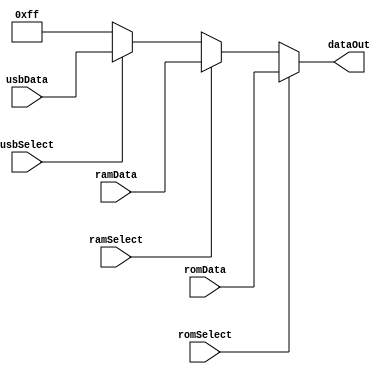
/* ------------------------------------------------------------------
 * Data bus
 *
 * Copyright (C) 2022 Damian Wildie
 * ------------------------------------------------------------------*/
module dataBus
(
  input [7:0]  romData,
  input [7:0]  ramData,
  input [7:0]  usbData,
  
  input        romSelect,     // FPGA ROM select
  input        ramSelect,     // Onboard RAM select
  input        usbSelect,     // USB ACIA
  
  output wire [7:0] dataOut
);

  reg [7:0] source;
  
  always @* begin
    if (romSelect)                      source = romData;
    else if (ramSelect)                 source = ramData;
    else if (usbSelect)                 source = usbData;
    else                                source = 8'hFF;  
  end
  
  assign dataOut = source;
  
endmodule